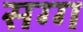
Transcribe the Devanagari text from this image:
सग्ग